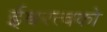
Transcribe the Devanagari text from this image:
ईश्वरत्वको